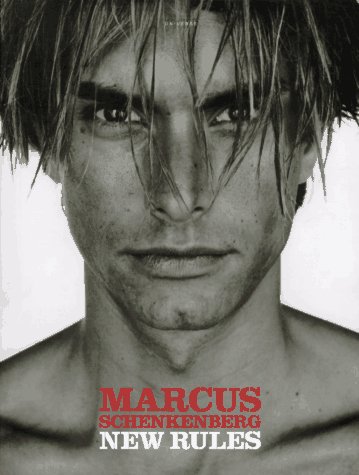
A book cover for Marcus Schenkenberg: New Rules; Gianni Versace; Arts & Photography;